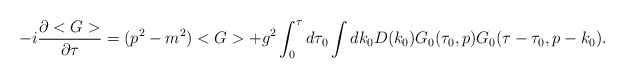
\begin{align*}-i \frac{\partial <G>}{\partial \tau} = (p^2 -m^2) <G> + g^2 \int_0^\tau d \tau_0 \int dk_0 D(k_0) G_0(\tau_0,p) G_0(\tau-\tau_0,p-k_0).\end{align*}